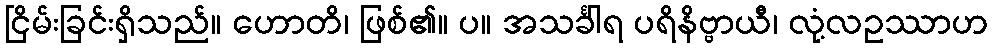
ငြိမ်းခြင်းရှိသည်။ ဟောတိ၊ ဖြစ်၏။ ပ။ အသင်္ခါရ ပရိနိဗ္ဗာယီ၊ လုံ့လဥဿာဟ